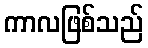
ကာလဖြစ်သည်